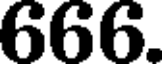
666.